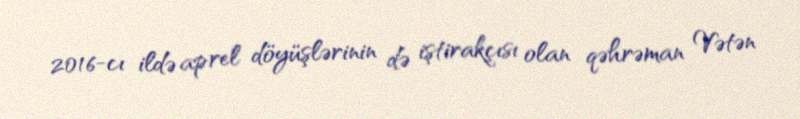
2016-cı ildə aprel döyüşlərinin də iştirakçısı olan qəhrəman Vətən